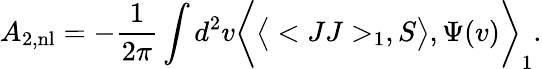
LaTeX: A_{2,\mathrm{nl}}=-{\frac{1}{2\pi}}\int d^{2}v\bigg<\big<<JJ>_{1},S\big>,\Psi(v)\bigg>_{1}.